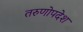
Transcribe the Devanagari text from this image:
तरुणोपदेश